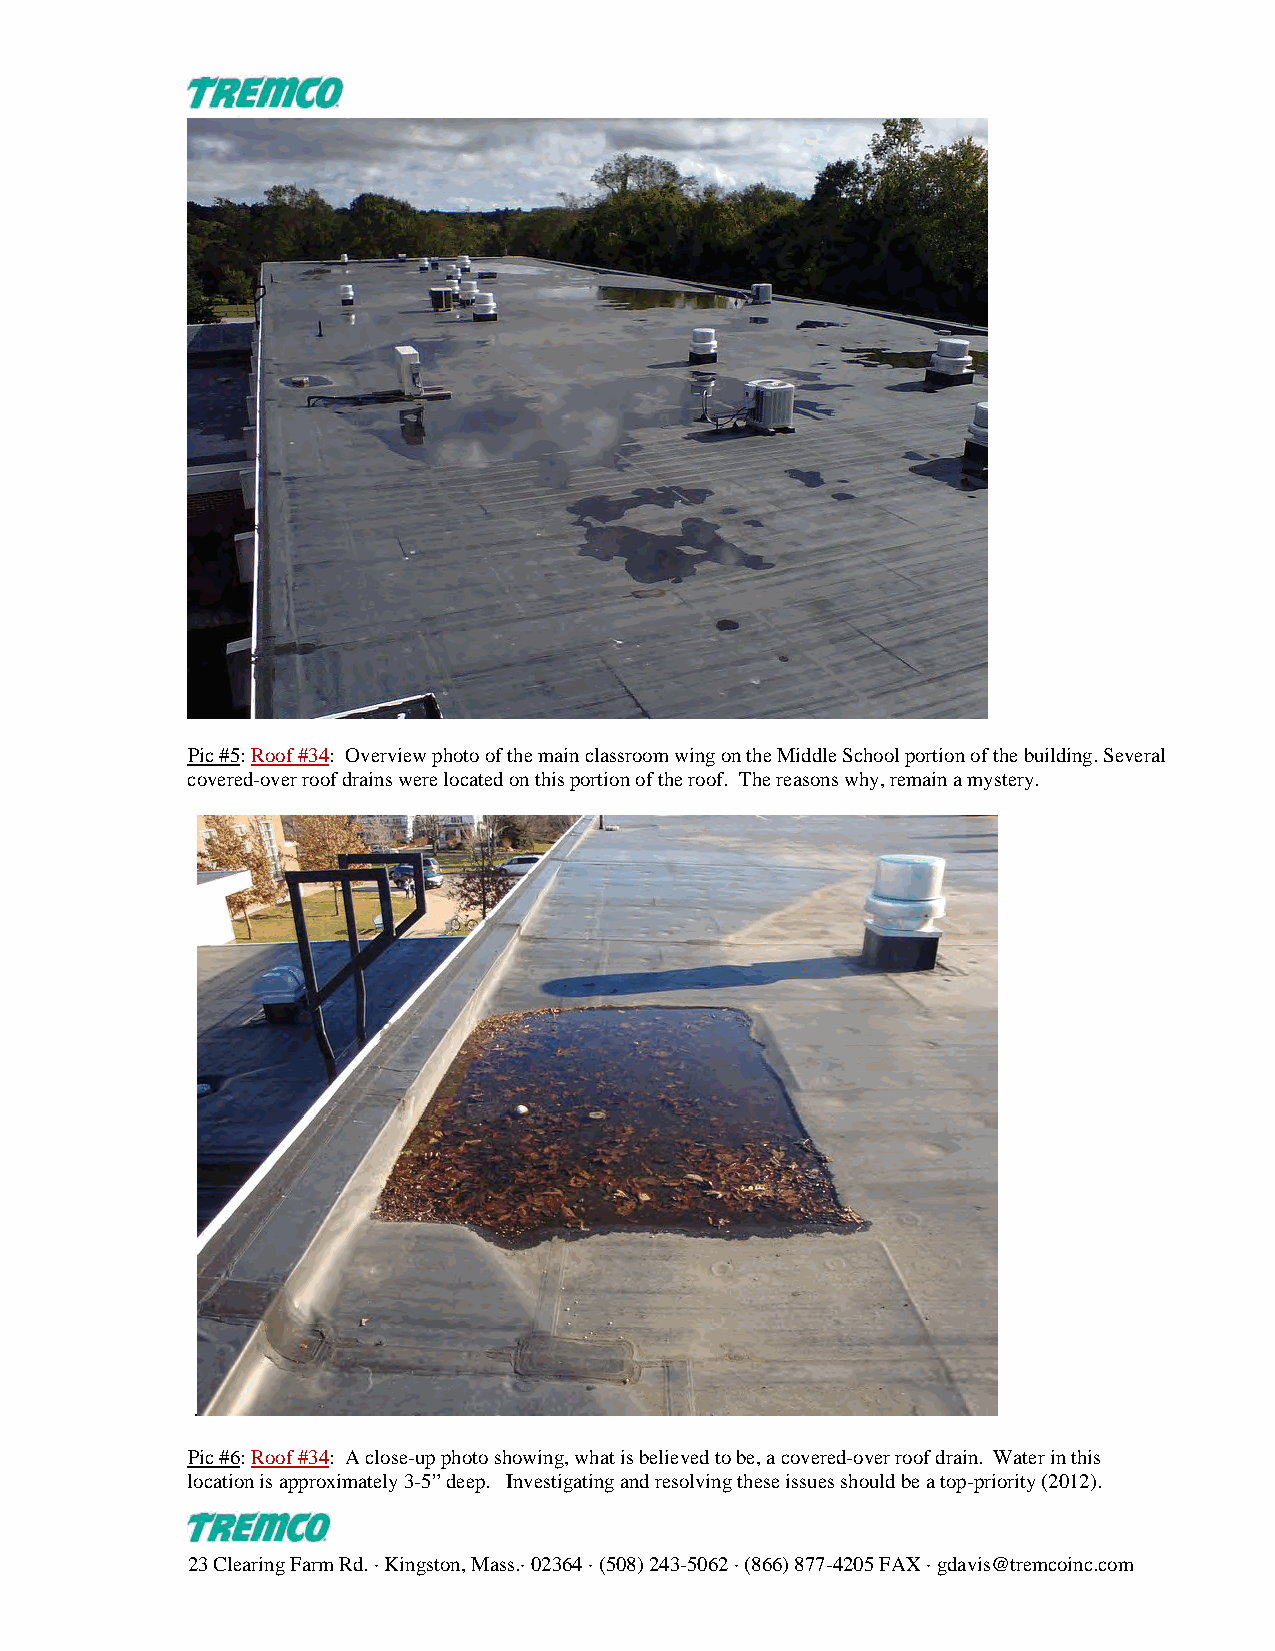
Pic #5: Roof #34: Overview photo of the main classroom wing on the Middle School portion of the building. Several
 covered-over roof drains were located on this portion of the roof. The reasons why, remain a mystery.
 .
 Pic #6: Roof #34: A close-up photo showing, what is believed to be, a covered-over roof drain. Water in this
 location is approximately 3-5” deep. Investigating and resolving these issues should be a top-priority (2012).
 23 Clearing Farm Rd. · Kingston, Mass.· 02364 · (508) 243-5062 · (866) 877-4205 FAX · gdavis@tremcoinc.com